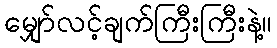
မျှော်လင့်ချက်ကြီးကြီးနဲ့။